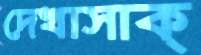
দেখাসাক্